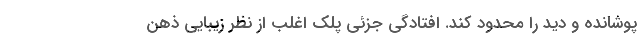
پوشانده و دید را محدود کند. افتادگی جزئی پلک اغلب از نظر زیبایی ذهن